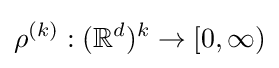
\rho ^{(k)}:(\mathbb {R} ^{d})^{k}\to [0,\infty )